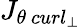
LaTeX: {J}_{\theta\ curl_{\perp}}